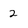
Character: 2